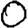
Digit: 0